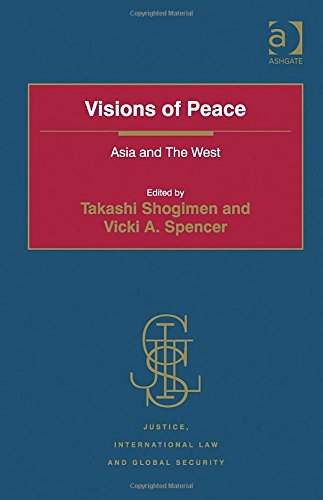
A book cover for Visions of Peace: Asia and the West (Justice, International Law and Global Security); Religion & Spirituality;